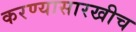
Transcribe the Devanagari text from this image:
करण्यासारखीच